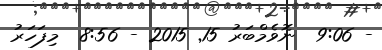
- 9:06  ނޮވެމްބަރު 15